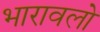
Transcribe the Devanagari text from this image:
भारावलो